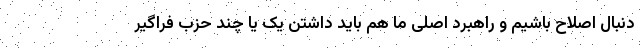
دنبال اصلاح باشیم و راهبرد اصلی ما هم باید داشتن یک یا چند حزب فراگیر